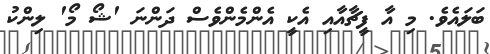
ބަލައެވެ. މި އާ ފީޗާއާއި އެކީ އެންމެންވެސް ދަންނަ 'ޝޯ މޯ' ލިންކު